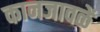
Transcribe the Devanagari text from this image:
कानजावळें